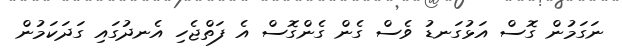
ނަގަމުން ގޮސް އަޅުގަނޑު ވެސް ގެން ގެންގޮސް އެ ފަތްޖެހި އެނދުގައި ގަދަކަމުން